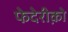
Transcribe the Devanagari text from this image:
फेदेरीक़ो